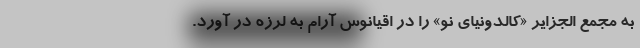
به مجمع الجزایر «کالِدونیای نو» را در اقیانوس آرام به لرزه در آورد.